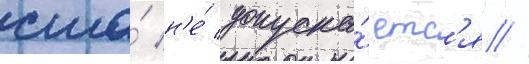
сша́ н'е́ допуска́етс'я //